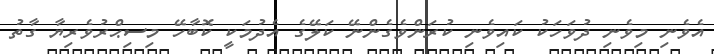
އެވެނި މިވެނި ދުވަހަކު ކައިވެނި ކުރަންވެގެންނޭ ކަލޭގެ އެދުމަކީ ކޮބާހޭ މިސިޙްރުވެރިޔާ ގާތު